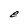
Character: e